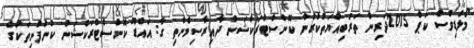
މޯލްޑިވްސް ކަޕް 2015ދަރިން ތަރުބިއްޔަތުކުރުން ކޮންސްޓްރަކްޝަން ދާއިރާސިމެންތި ގާ: އައްޑޫ ކޮންސްޓްރަކްޝަން ކުންފުނިތަކުގެ